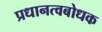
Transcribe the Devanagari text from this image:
प्रधानत्वबोधक